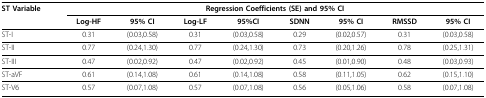
<table><thead><tr><td><b>ST Variable</b></td><td colspan="8"><b>Regression Coefficients (SE) and 95% CI</b></td></tr><tr><td></td><td><b>Log-HF</b></td><td><b>95% CI</b></td><td><b>Log-LF</b></td><td><b>95%CI</b></td><td><b>SDNN</b></td><td><b>95% CI</b></td><td><b>RMSSD</b></td><td><b>95% CI</b></td></tr></thead><tbody><tr><td>ST-I</td><td>0.31</td><td>(0.03,0.58)</td><td>0.31</td><td>(0.03,0.58)</td><td>0.29</td><td>(0.02,0.57)</td><td>0.31</td><td>(0.03,0.58)</td></tr><tr><td>ST-II</td><td>0.77</td><td>(0.24,1.30)</td><td>0.77</td><td>(0.24,1.30)</td><td>0.73</td><td>(0.20,1.26)</td><td>0.78</td><td>(0.25,1.31)</td></tr><tr><td>ST-III</td><td>0.47</td><td>(0.02,0.92)</td><td>0.47</td><td>(0.02,0.92)</td><td>0.45</td><td>(0.01,0.90)</td><td>0.48</td><td>(0.03,0.93)</td></tr><tr><td>ST-aVF</td><td>0.61</td><td>(0.14,1.08)</td><td>0.61</td><td>(0.14,1.08)</td><td>0.58</td><td>(0.11,1.05)</td><td>0.62</td><td>(0.15,1.10)</td></tr><tr><td>ST-V6</td><td>0.57</td><td>(0.07,1.08)</td><td>0.57</td><td>(0.07,1.08)</td><td>0.56</td><td>(0.05,1.06)</td><td>0.58</td><td>(0.07,1.08)</td></tr></tbody></table>